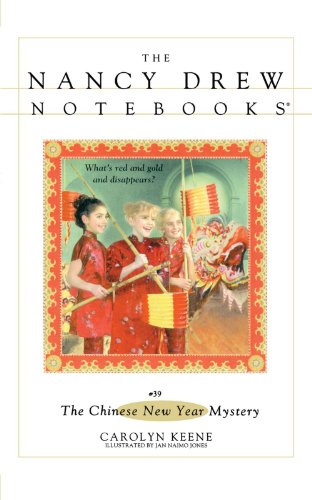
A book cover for The Chinese New Year Mystery (Nancy Drew Notebooks #39); Carolyn Keene; Children's Books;